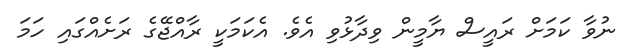
ނުވާ ކަމަށް ރައީސް ޔާމީން ވިދާޅުވި އެވެ. އެކަމަކީ ރާއްޖޭގެ ރަށެއްގައި ހަމަ